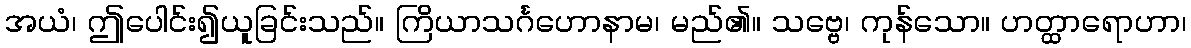
အယံ၊ ဤပေါင်း၍ယူခြင်းသည်။ ကြိယာသင်္ဂဟောနာမ၊ မည်၏။ သဗ္ဗေ၊ ကုန်သော။ ဟတ္ထာရောဟာ၊